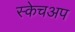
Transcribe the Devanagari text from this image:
स्केचअप